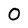
Character: O